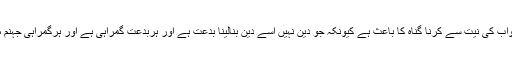
اس قسم کے کاموں کو ثواب کی نیت سے کرنا گناہ کا باعث ہے کیونکہ جو دین نہیں اسے دین بنالینا بدعت ہے اور ہربدعت گمراہی ہے اور ہرگمراہی جہنم میں لے جانے والی ہے ۔